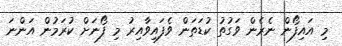
މި އައިފޯން ނެރެން ވަގުތު ކުޑަތަން ވެފައިވާއިރު މި ފޯނަށް ކުރަމުން އަންނަ